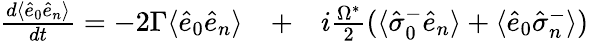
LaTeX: \begin{array}{rlr}{\frac{d\langle\hat{e}_{0}\hat{e}_{n}\rangle}{dt}=-2\Gamma\langle\hat{e}_{0}\hat{e}_{n}\rangle}&{{}+}&{i\frac{\Omega^{*}}{2}(\langle\hat{\sigma}_{0}^{-}\hat{e}_{n}\rangle+\langle\hat{e}_{0}\hat{\sigma}_{n}^{-}\rangle)}\end{array}